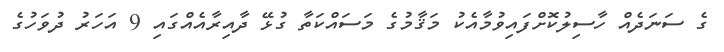
ގެ ސަނަދެއް ހާސިލުކޮށްފައިވުމާއެކު މަޤާމުގެ މަސައްކަތާ ގުޅޭ ދާއިރާއެއްގައި 9 އަހަރު ދުވަހުގެ